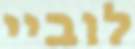
לוביי